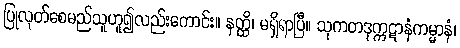
ပြုလုတ်စေမည်သူဟူ၍လည်းကောင်း။ နတ္ထိ၊ မရှိရာပြီ။ သုကတဒုက္ကဋာနံကမ္မာနံ၊